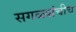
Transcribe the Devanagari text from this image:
सगळ्यांचीच